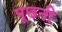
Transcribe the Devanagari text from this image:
पूछनी